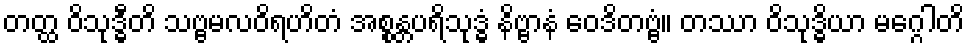
တတ္ထ ဝိသုဒ္ဓီတိ သဗ္ဗမလဝိရဟိတံ အစ္စန္တပရိသုဒ္ဓံ နိဗ္ဗာနံ ဝေဒိတဗ္ဗံ။ တဿာ ဝိသုဒ္ဓိယာ မဂ္ဂေါတိ